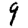
Digit: 9